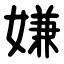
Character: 嫌